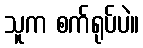
သူက စက်ရုပ်ပဲ။